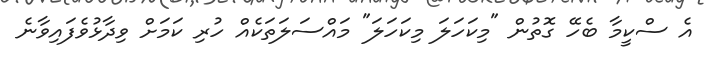
އެ ސްކީމާ ބެހޭ ގޮތުން "މިކަހަލަ މިކަހަލަ" މައްސަލަތަކެއް ހުރި ކަމަށް ވިދާޅުވެފައިިވާނެ